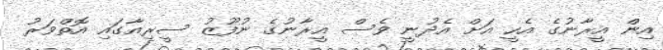
އިން އީރާނުގެ އެހީ އަށް އެދުނީ ވެސް އީރާނުގެ ނުފޫޒު ސީރިއާގައި އޮތްވަރު